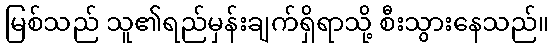
မြစ်သည် သူ၏ရည်မှန်းချက်ရှိရာသို့ စီးသွားနေသည်။